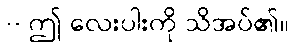
-- ဤ လေးပါးကို သိအပ်၏။